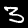
Digit: 3